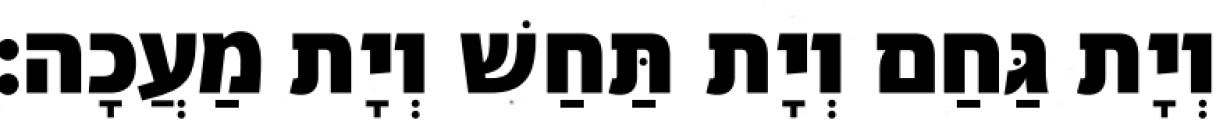
וְיָת גַּחַם וְיָת תַּחַשׁ וְיָת מַעֲכָה׃